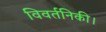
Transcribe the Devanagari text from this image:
विवर्तनिकी।